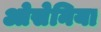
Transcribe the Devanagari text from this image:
ओसेनिया